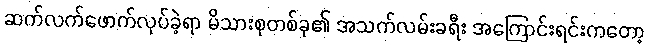
ဆက်လက်ဖောက်လုပ်ခဲ့ရာ မိသားစုတစ်ခု၏ အသက်လမ်းခရီး အကြောင်းရင်းကတော့